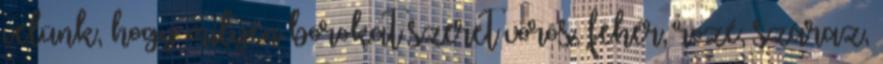
velünk, hogy milyen borokat szeret vörös, fehér, rozé, száraz,